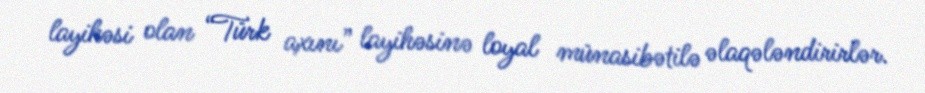
layihəsi olan “Türk axını” layihəsinə loyal münasibətilə əlaqələndirirlər.